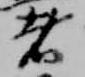
者